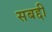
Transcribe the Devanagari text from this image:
सबद्दी